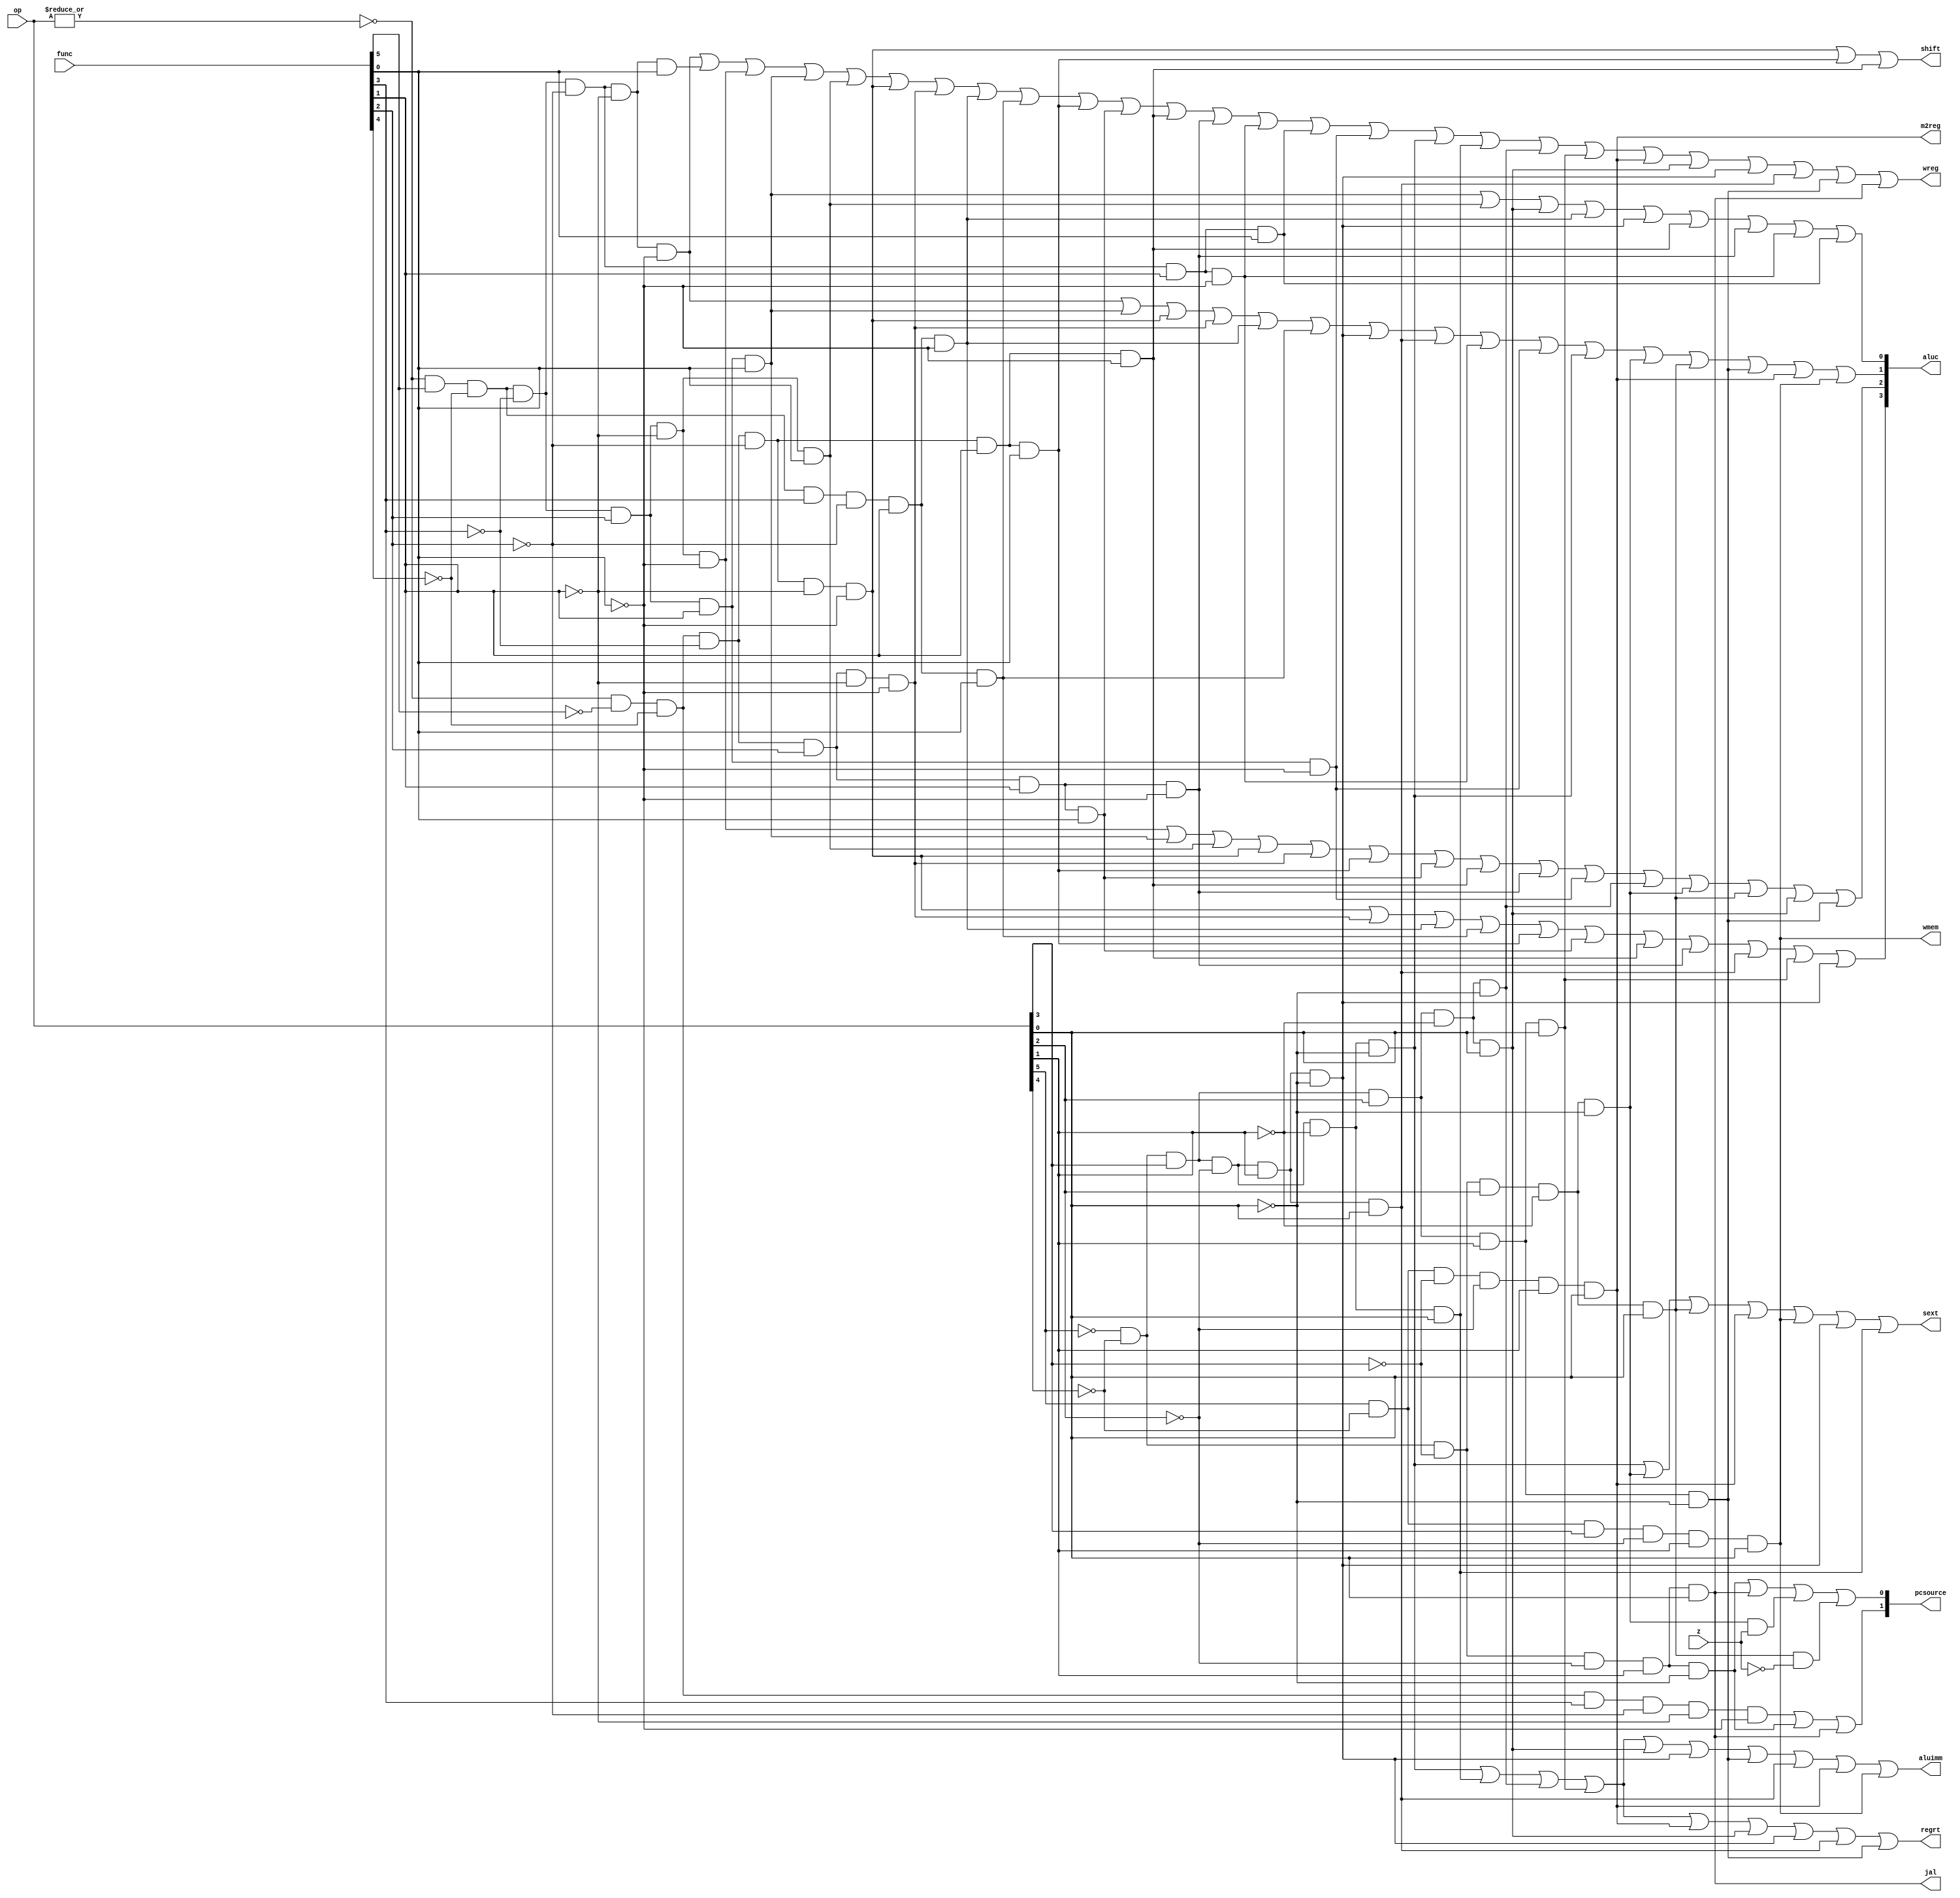
`timescale 1ns / 1ps
//////////////////////////////////////////////////////////////////////////////////
// Company: 
// Engineer: 
// 
// Design Name: 
// Module Name:    Control_Unit 
// Project Name: 
// Target Devices: 
// Tool versions: 
// Description: 
//
// Dependencies: 
//
// Revision: 
// Revision 0.01 - File Created
// Additional Comments: 
//
//////////////////////////////////////////////////////////////////////////////////
module cpu_control(
		input [5:0] op,
		input [5:0] func,
		input z,						// alu status
		output wreg,				// we of reg
		output regrt,				// 1 for rt & 0 for rd
		output jal,					// if instruction is jal
		output m2reg,				// 1 for memory->reg & 0 for ALU->reg
		output shift,				// 1 for sa & 0 for reg.qa
		output aluimm,				// 1 for imm & 0 for reg.qb
		output sext,				// 1 for signal ext & 0 for ext
		output wmem,				// we of memory
		output [3:0] aluc,
		output [1:0] pcsource	// 00 for P4,01 for P4+imm,10 for reg.qa,11 for jump
    );

	 wire r_type  = ~|op;
	 wire i_add   = r_type &  func[5] & ~func[4] & ~func[3] & ~func[2] & ~func[1] & ~func[0];
	 wire i_addi  =            ~op[5] &   ~op[4] &    op[3] &   ~op[2] &   ~op[1] &   ~op[0];
	 wire i_addiu =            ~op[5] &   ~op[4] &    op[3] &   ~op[2] &   ~op[1] &    op[0];
	 wire i_addu  = r_type &  func[5] & ~func[4] & ~func[3] & ~func[2] & ~func[1] &  func[0];
	 wire i_and   = r_type &  func[5] & ~func[4] & ~func[3] &  func[2] & ~func[1] & ~func[0];
	 wire i_andi  =            ~op[5] &   ~op[4] &    op[3] &    op[2] &   ~op[1] &   ~op[0];
	 wire i_beq   =            ~op[5] &   ~op[4] &   ~op[3] &    op[2] &   ~op[1] &   ~op[0];
	 wire i_bne   =            ~op[5] &   ~op[4] &   ~op[3] &    op[2] &   ~op[1] &    op[0];
	 wire i_j     =            ~op[5] &   ~op[4] &   ~op[3] &   ~op[2] &    op[1] &   ~op[0];
	 wire i_jal   =            ~op[5] &   ~op[4] &   ~op[3] &   ~op[2] &    op[1] &    op[0];
	 wire i_jr    = r_type & ~func[5] & ~func[4] &  func[3] & ~func[2] & ~func[1] & ~func[0];
	 wire i_lui   =            ~op[5] &   ~op[4] &    op[3] &    op[2] &    op[1] &    op[0];
	 wire i_lw    =             op[5] &   ~op[4] &   ~op[3] &   ~op[2] &    op[1] &    op[0];
	 wire i_nor   = r_type &  func[5] & ~func[4] & ~func[3] &  func[2] &  func[1] &  func[0];
	 wire i_or    = r_type &  func[5] & ~func[4] & ~func[3] &  func[2] & ~func[1] &  func[0];
	 wire i_ori   =            ~op[5] &   ~op[4] &    op[3] &    op[2] &   ~op[1] &    op[0];
	 wire i_sll   = r_type & ~func[5] & ~func[4] & ~func[3] & ~func[2] & ~func[1] & ~func[0];
	 wire i_sllv  = r_type & ~func[5] & ~func[4] & ~func[3] &  func[2] & ~func[1] & ~func[0];
	 wire i_slt   = r_type &  func[5] & ~func[4] &  func[3] & ~func[2] &  func[1] & ~func[0];
	 wire i_slti  =            ~op[5] &   ~op[4] &    op[3] &   ~op[2] &    op[1] &   ~op[0];
	 wire i_sltiu =            ~op[5] &   ~op[4] &    op[3] &   ~op[2] &    op[1] &    op[0];
	 wire i_sltu  = r_type &  func[5] & ~func[4] &  func[3] & ~func[2] &  func[1] &  func[0];
	 wire i_sra   = r_type & ~func[5] & ~func[4] & ~func[3] & ~func[2] &  func[1] &  func[0];
	 wire i_srav  = r_type & ~func[5] & ~func[4] & ~func[3] &  func[2] &  func[1] &  func[0];
	 wire i_srl   = r_type & ~func[5] & ~func[4] & ~func[3] & ~func[2] &  func[1] & ~func[0];
	 wire i_srlv  = r_type & ~func[5] & ~func[4] & ~func[3] &  func[2] &  func[1] & ~func[0];
	 wire i_sub   = r_type &  func[5] & ~func[4] & ~func[3] & ~func[2] &  func[1] & ~func[0];
	 wire i_subu  = r_type &  func[5] & ~func[4] & ~func[3] & ~func[2] &  func[1] &  func[0];
	 wire i_sw    =             op[5] &   ~op[4] &    op[3] &   ~op[2] &    op[1] &    op[0];
	 wire i_xor   = r_type &  func[5] & ~func[4] & ~func[3] &  func[2] &  func[1] & ~func[0];
	 wire i_xori  =            ~op[5] &   ~op[4] &    op[3] &    op[2] &    op[1] &   ~op[0];
	 
	 assign wreg  = i_add  | i_addu  | i_and  | i_nor  | i_or   | i_sll   | i_sllv | i_slt   | i_sltu  |
						 i_sra  | i_srav  | i_srl  | i_srlv | i_sub  | i_subu  | i_xor  | i_addi  | i_addiu |
						 i_andi | i_lui   | i_lw   | i_ori  | i_slti | i_sltiu | i_xori | i_jal   ;
	 assign regrt = i_addi | i_addiu | i_andi | i_lui  | i_lw   | i_ori   | i_slti | i_sltiu | i_xori  ;
	 assign jal   = i_jal  ;
	 assign m2reg = i_lw   ;
	 assign shift = i_sll  | i_sra   | i_srl  ;
	 assign aluimm= i_addi | i_addiu | i_andi | i_lui  | i_ori  | i_slti  | i_xori | i_sltiu | i_lw | i_sw;
	 assign sext  = i_addi | i_beq   | i_bne  | i_lw   | i_sw   | i_slti  | i_addiu;
	 assign aluc[3]= i_sll | i_sllv  | i_slt  | i_sltu | i_sra  | i_srav  | i_srl  | i_srlv  | i_sltiu |
						  i_lui | i_slti  ;
	 assign aluc[2]= i_and | i_nor   | i_or   | i_sll  | i_sllv | i_sra   | i_srav | i_srl   | i_srlv  |
						  i_xor | i_andi  | i_beq  | i_bne  | i_ori  | i_xori  ;
	 assign aluc[1]= i_add | i_nor   | i_sll  | i_sllv | i_slt  | i_sltu  | i_slti | i_sltiu | i_sub   |
						  i_xor | i_addi  | i_beq  | i_bne  | i_xori | i_lw    | i_sw;
	 assign aluc[0]= i_nor | i_or    | i_ori  | i_slt  | i_slti | i_srl   | i_srlv | i_sub   | i_subu  ;
	 assign wmem   = i_sw  ;
	 assign pcsource[1]    = i_jr    | i_j    | i_jal  ;
	 assign pcsource[0]    = i_j     | i_jal  | i_beq&z| i_bne&~z;

endmodule